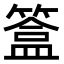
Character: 𥲥